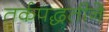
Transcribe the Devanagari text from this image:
तर्कपद्धतीने